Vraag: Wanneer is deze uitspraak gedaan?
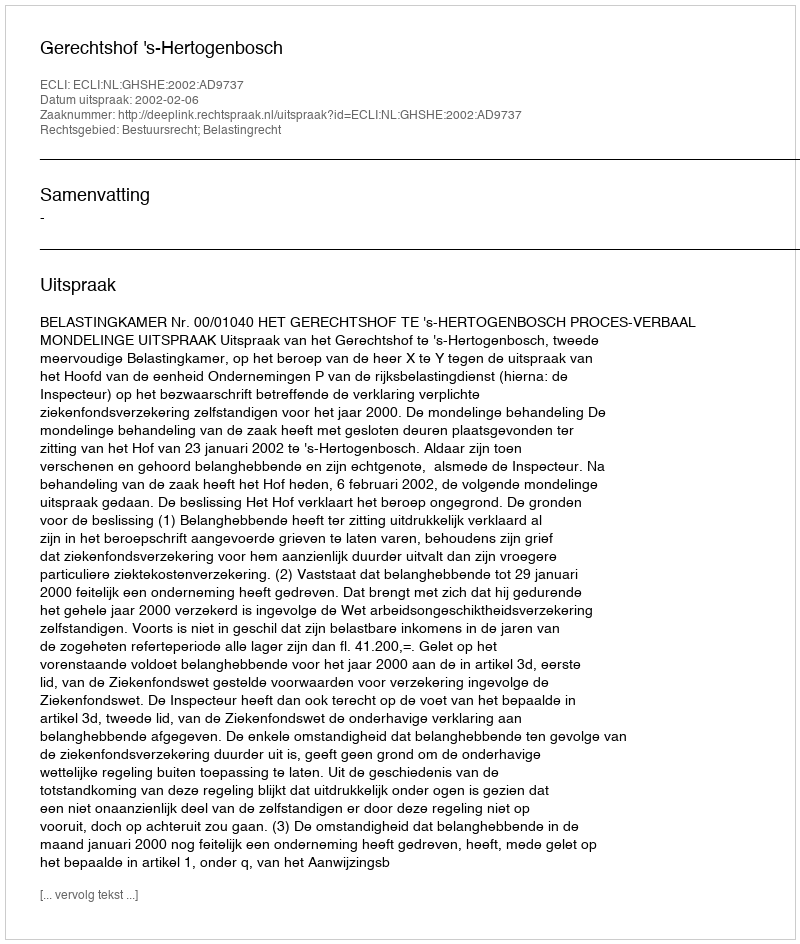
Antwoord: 2002-02-06